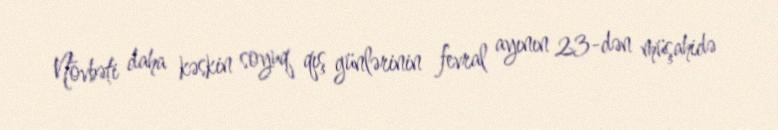
Növbəti daha kəskin soyuq qış günlərinin fevral ayının 23-dən müşahidə